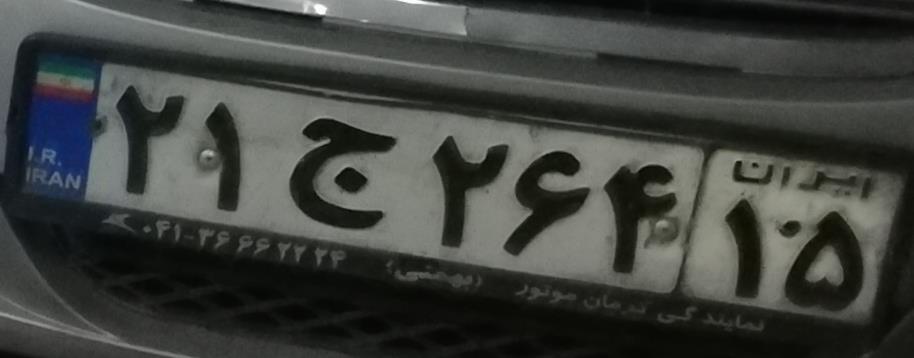
۲۱ج۲۶۴۱۵